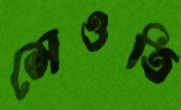
সেওতি